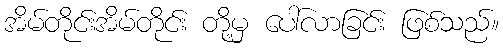
အိမ်တိုင်းအိမ်တိုင်း တို့မှ ပေါ်လာခြင်း ဖြစ်သည်။